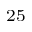
^ { 2 5 }